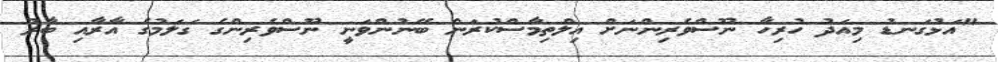
"އަޅުގަނޑު މިއަދު ހުރިހާ ނޫސްވެރިންނަށް އިލްތިމާސްކުރަން ބޭނުންވަނީ ނޫސްވެރިންގެ ގަލަމުގެ އާރާއި ބާރު